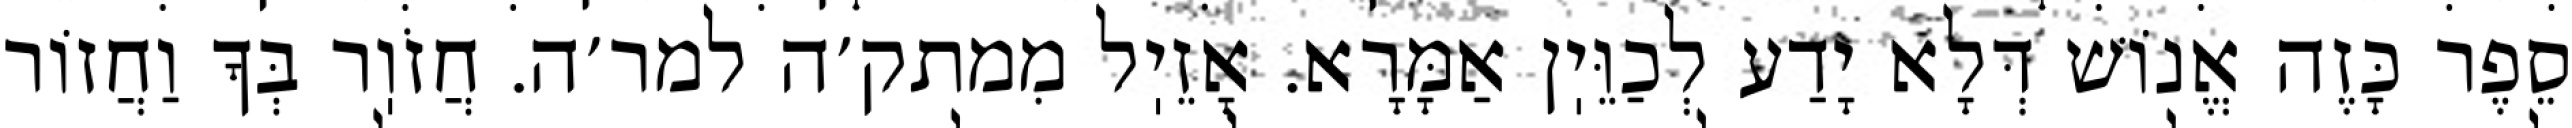
סֵפֶר כָּזֶה אֱנוֹשׁ דְּלָא יָדַע לְכַוֵּיֽן אַמָּרָא. אָזֵיֽל מִמתק׳ה למר׳ה. חֲזֹוֽר בְּךָ וַחֲזוֹר